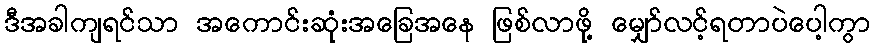
ဒီအခါကျရင်သာ အကောင်းဆုံးအခြေအနေ ဖြစ်လာဖို့ မျှော်လင့်ရတာပဲပေါ့ကွာ